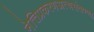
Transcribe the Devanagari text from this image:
नेत्तिप्रकरणअत्थसंवण्णा